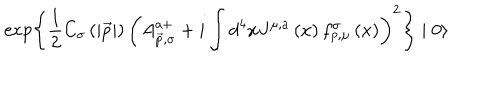
LaTeX: \exp \left\{ \frac 1 2 C _ { \sigma } \left( \left| \vec { p } \right| \right) \left( A _ { \vec { p } , \sigma } ^ { a + } + i \int d ^ { 4 } x J ^ { \mu , a } \left( x \right) f _ { p , \mu } ^ { \sigma } \left( x \right) \right) ^ { 2 } \right\} \mid 0 \rangle \